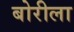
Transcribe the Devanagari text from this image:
बोरीला